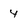
Character: 4